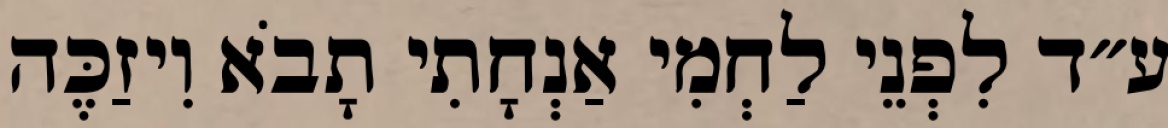
ע״ד לִפְנֵי לַחְמִי אַנְחָתִי תָבֹא וִיזַכֶּה